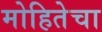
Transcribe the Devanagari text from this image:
मोहितेचा